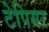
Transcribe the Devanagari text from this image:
टेपियर